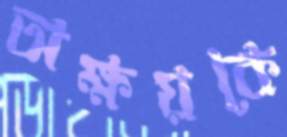
অক্ষয়কে